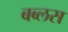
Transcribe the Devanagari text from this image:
बब्लस